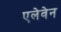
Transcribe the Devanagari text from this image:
एलेवेन